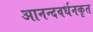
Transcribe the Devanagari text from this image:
आनन्दवर्धनकृत